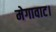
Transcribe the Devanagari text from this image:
मेगावाट।